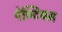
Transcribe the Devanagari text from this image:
पेण्टियम